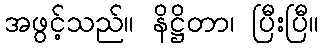
အဖွင့်သည်။ နိဋ္ဌိတာ၊ ပြီးပြီ။